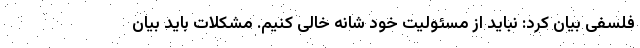
فلسفی بیان کرد: نباید از مسئولیت خود شانه خالی کنیم. مشکلات باید بیان